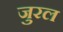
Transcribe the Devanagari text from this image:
जुरल